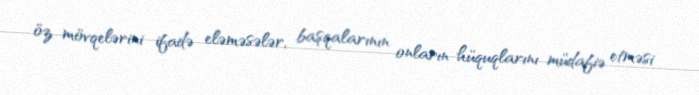
öz mövqelərini ifadə eləməsələr, başqalarının onların hüquqlarını müdafiə etməsi